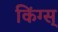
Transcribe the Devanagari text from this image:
किंग्स्